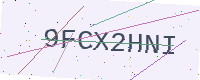
Text: 9FCX2HNI